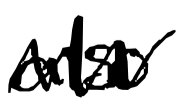
Text: also
Cross-out: zig-zag
Writing tool: digital_black